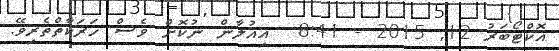
އޮކްޓޯބަރު 12